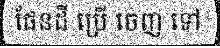
ផែនដី ប្រើ ចេញ ទៅ